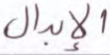
الإبدال